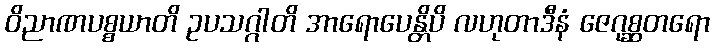
ဝိညာဏပစ္စယာတိ ဥပသဂ္ဂါတိ အာရောပေန္တိပိ လဟုတာဒီနံ ဇေဂုစ္ဆတရော